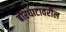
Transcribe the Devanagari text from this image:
बोरघाटावरील